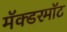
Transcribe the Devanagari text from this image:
मॅक्डरमॉट